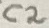
Text: C2